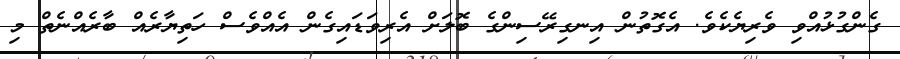
ގެންގުޅުއްވި ވެރިޔެކެވެ. އެގޮތުން އިނގިރޭސިންގެ ބޮލަށް އެރިވަޑައިގެން އެއްވެސް ހަތިޔާރެއް ބާރެއްނެތް މި